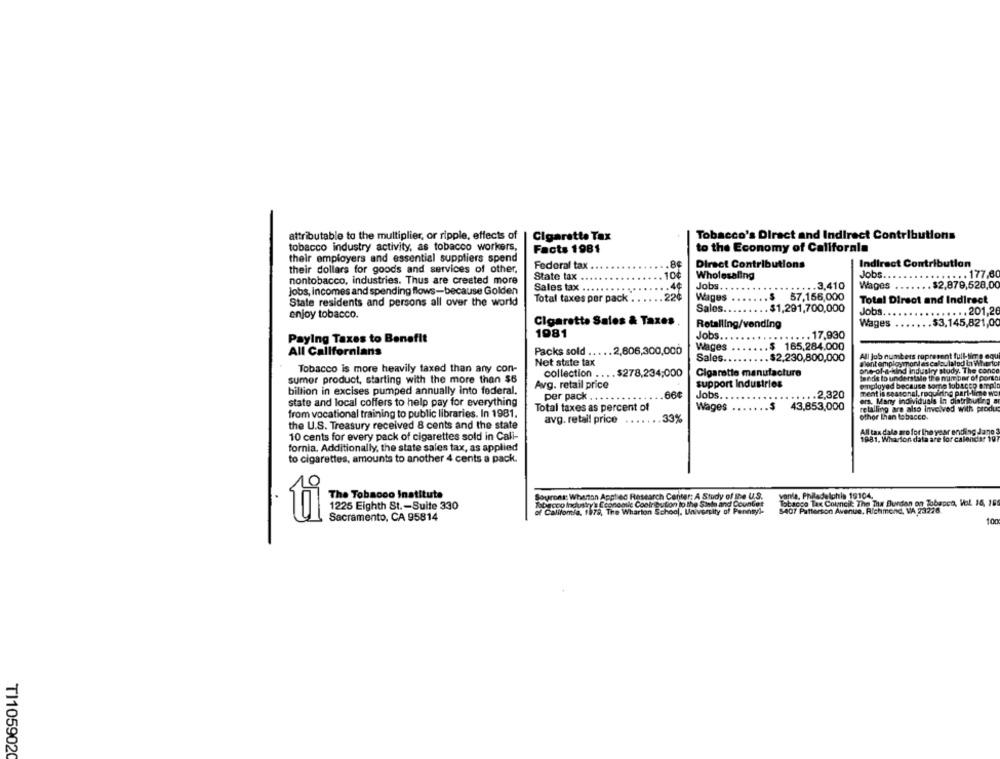
attributable to the multiplier, or ripple, effects of
Cigarette Tax
Tobacco's Diract and Indirect Contributions
tobacco industry activity, as tobacco workers,
Facts 1981
to the Economy of California
their employers and essential suppliers spend
Federal tax
.8€
Direct Contributions
Indirect Contribution
their dollars for goods and services of other,
Jobs ..
. ... . ... . 177,80
nontobacco, industries. Thus are created more
State tax .
.10¢
Wholesaling
Sales tax .
.4¢
Jobs.
.... 3,410
Wages .....
. $2,879,528,00
Jobs, Incomes and spending flows-because Golden
.. 226
Wages
...... $
57,156,000
State residents and persons all over the world
Total taxes per pack .
...
Total Direct and Indirect
Sales ..
. $1,291,700,000
Jobs ..
..... .. 201,26
enjoy tobacco.
Cigarette Sales & Taxes
Retalling/vending
Wages
......
.$3,145,821,00
1981
.. 17,930
Paying Taxes to Benefit
Jobs.
Wages
....... $ 165,284,000
All Californians
Packs sold ..
2,806,300,000
Sales ......... $2,230,800,000
All job numbers ropresent full-time equ
Net state tax
Blant employmont as calculated in Whoriot
Tobacco is more heavily taxed than any con-
collection .... $278,234;000
Cigarette manufacture
one-of -a-kind industry study. The conce
sumer product, starting with the more than $6
tends to understile the number of porto
Avg. retail price
support Industries
employed because some tobacco amplo
billion in excises pumped annually into federal.
.66¢
Jobs.
.... 2,320
ment is seasonal, requiring part-time wol
state and local coffers to help pay for everything
per pack
ora. Many individuals in distributir
Total taxes as percent of
Wages
. . $
43,853,000
retalling are also involved with produs
from vocational training to public libraries. In 1981.
.33%
other Than tobacco.
the U.S. Treasury received 8 cents and the state
avg. retail price
All tax dala aro for the year
10 cents for every pack of cigarettes sold in Call-
1981. Wharton dal
fornia. Additionally, the state sales tax, as applied
to cigarettes, amounts to another 4 cents a pack.
The Tobacco Institute
Sourons: Wharton Applied Research Center: A Study of the U.S.
vonle, Philadelphia 19104.
Tobacco Tax Council The Tha Burdan on Tobacco, Val 16, 166
1225 Eighth St .- Suite 330
Tobacco Industry's Economic Contribution to the State and Countet
Sacramento, CA 95814
of California, 1979, The Wharton School, University of Pennsyl-
SAC7 Patterson Avenue, Richmond, VA 23228
100
TI1059020